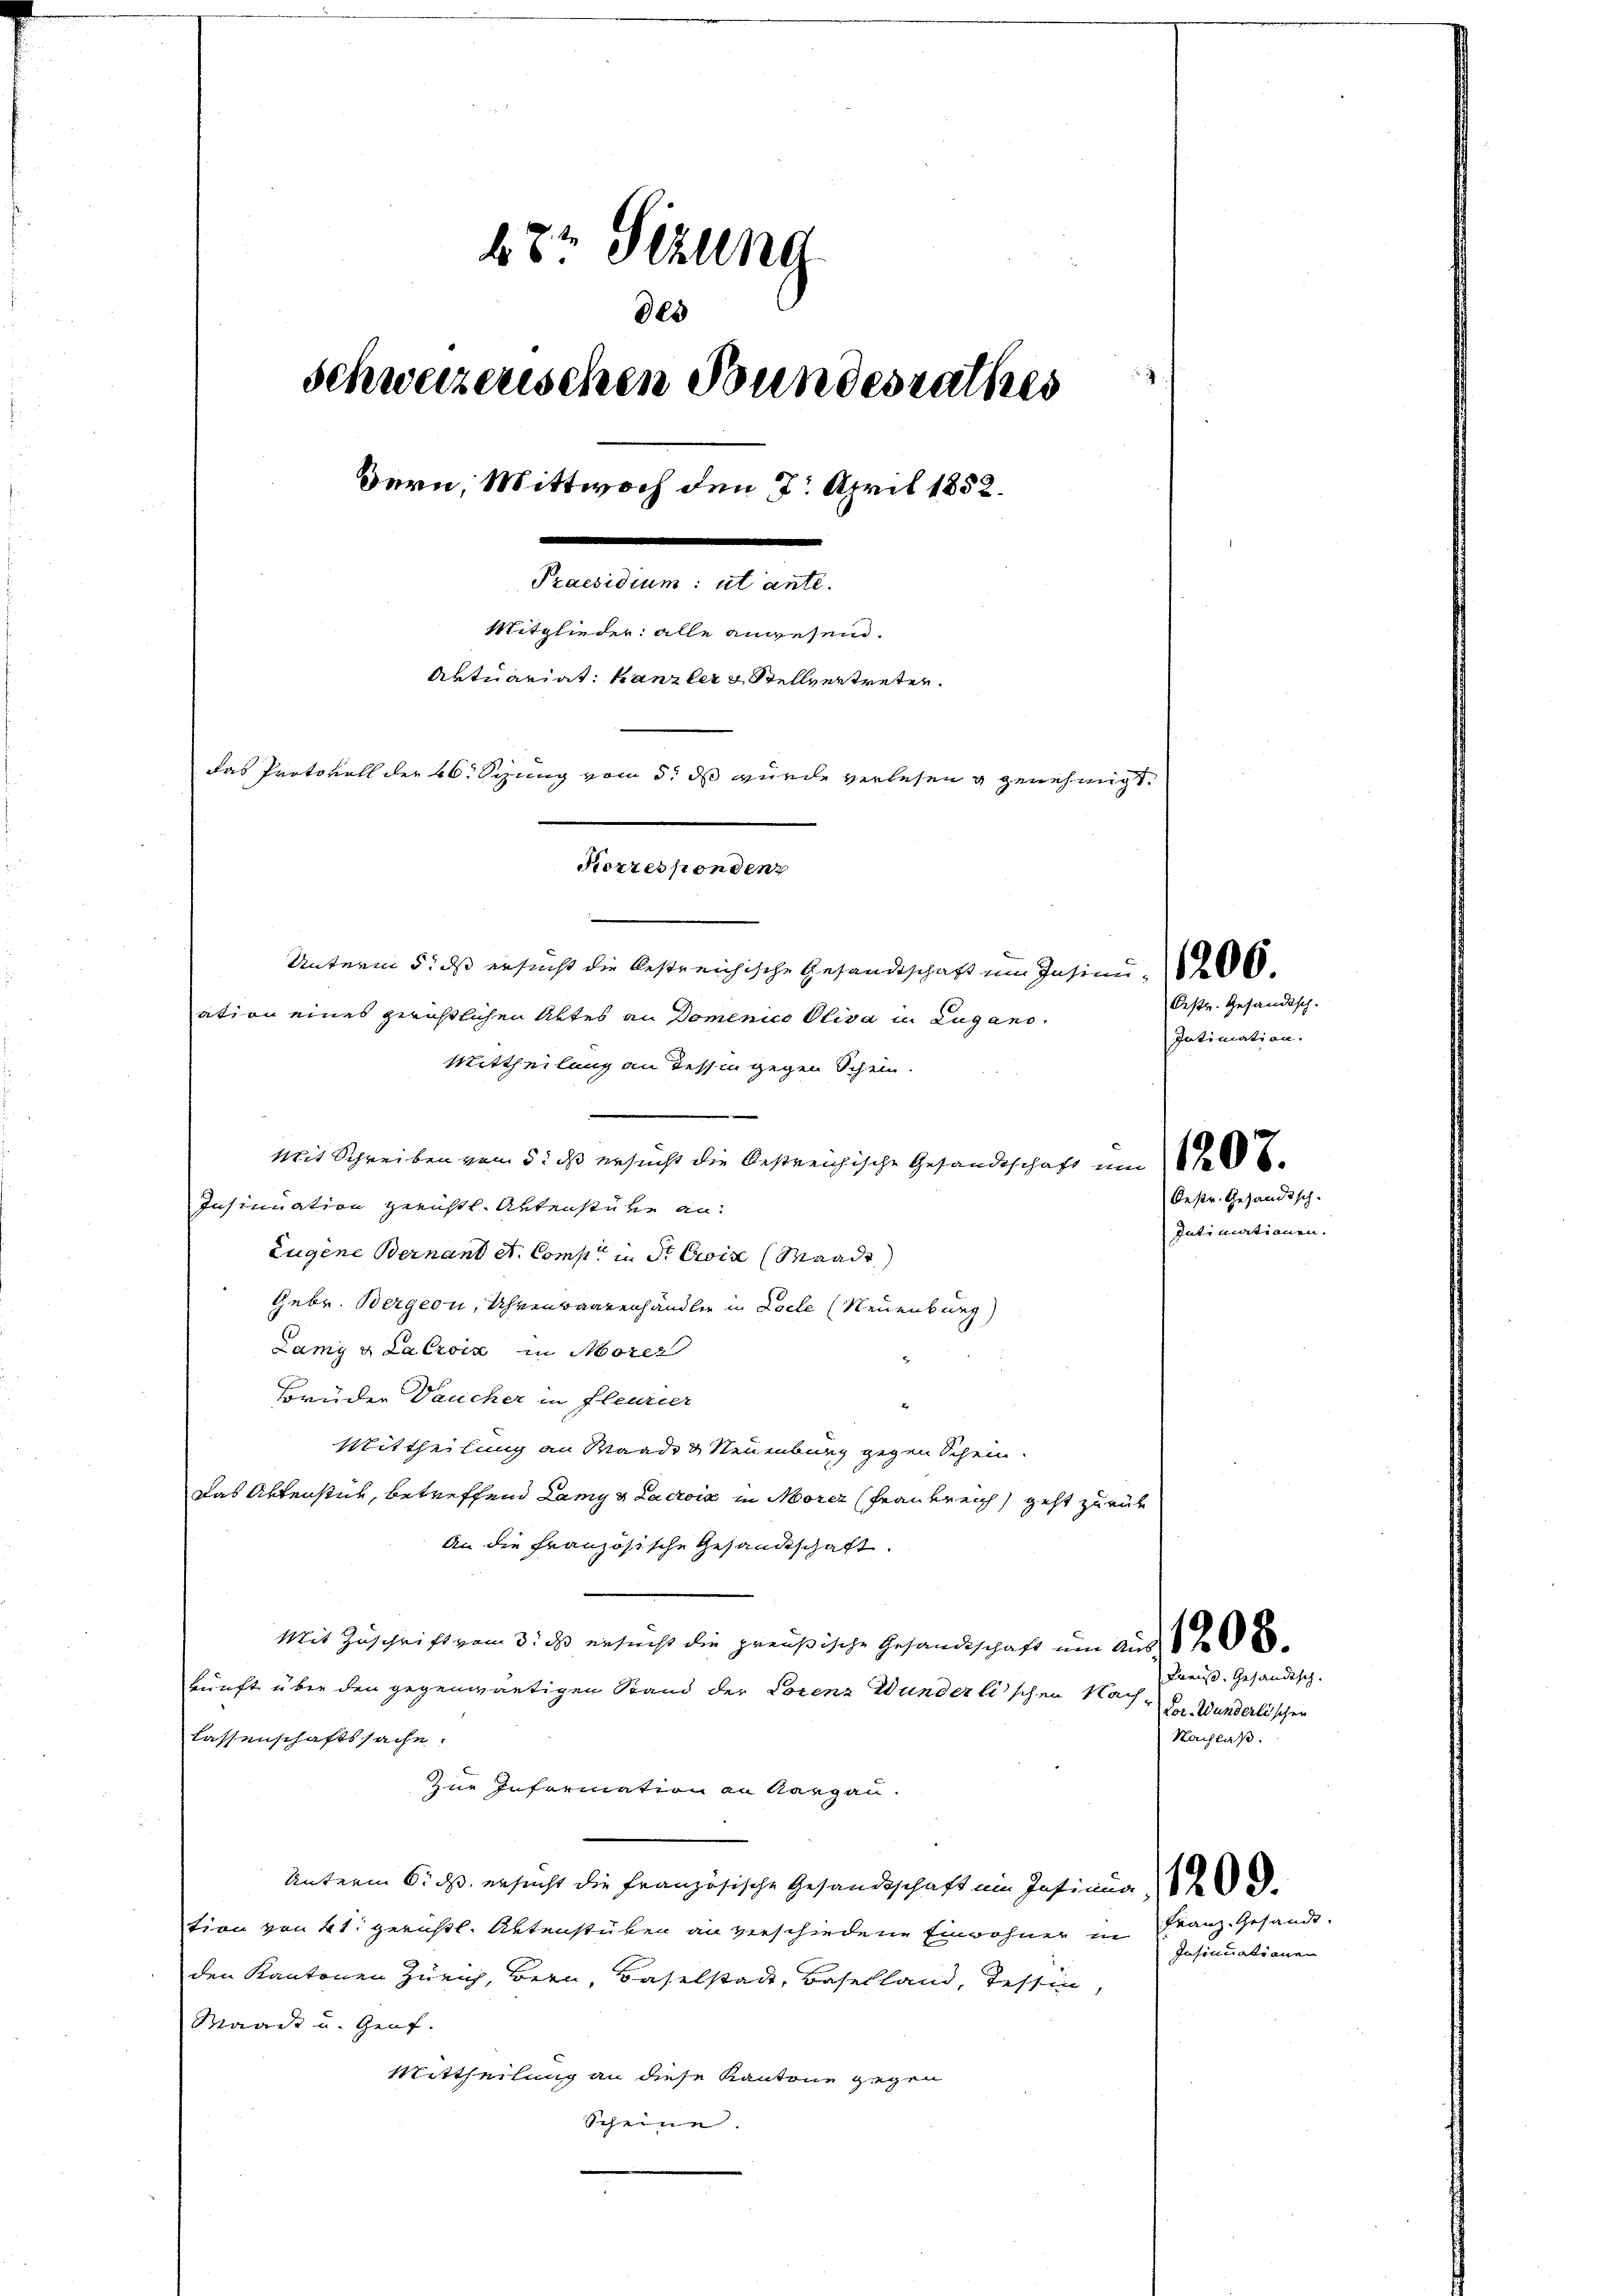
Mit Schreiben vom 5. dß ersucht die Oestreichische Gesandtschaft um
Insinuation geistl. Artenstube an:
Eugene Bernant et Comp. in St. Croix (Waadt
Gebr. Bergern, Uhrenwaarenhändler in Pocle (Neuenburg)
Lamy u Lacroix in Morer
Brüder Daucher in fleurer
Mittheilung an Waader Neuenburg gegen Schein.
Das Aktenstück, betreffend Lamy & Lacrois in Morer (Frankreich geht zurück
An die Französische Gesandtschaft.
Mit Zuschrift vom 3. ds ersucht die preußische Gesandtschaft um Aus 6
kunft über den gegenwärtigen Stand der Lorenz Wunderlischen Nachlassenschaftssache.
Zur Infremation an Aargau.
Unterm 6. ds. ersucht die französische Gesandtschaft ein Insinua
tion von 41. gerichtl. Aktenstüken an verschiedene Einwohner in Franz- Gesandtden Kantonen Zürich, Bern, Baselstadt, Baselland, Tessin,
Waadt u. Genf.
Mittheilung an diese Kantone gegen
Scheine.

27 Sizung
des
schweizerischen Bundesrathes
Bern, Mittwoch den 7. April 1852.
Praesidium: ut ante.
Mitglieder: alle anwesend.
Aktuariat: Kanzler & Stellvertreten.
das Protokoll der 26. Syung vom 5. ds wurde verlesen u genehmigt.
Korrespondenz
Unterm 5. ds ersucht die bestreichische Gesandtschaft um Insinn 1860
ation eines gerichtlichen Abtes an Domenico Oliva in Lugano.
Mittheilung an dessin gegen Schein.

Oestr. Gesandtsch-
Intimation.
Oestr. Gesandtsch.
Intimationen.

Kreis. Gesandtsch.
Lor-Wunderlischen
Nachlaß.

Insinuationen